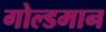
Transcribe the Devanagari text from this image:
गोल्डमान